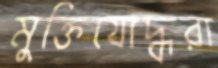
মুক্তিযোদ্ধরা